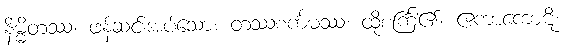
နိမ္မိတဿ၊ ဖန်ဆင်းအပ်သော။ တဿစင်္ကမဿ၊ ထိုစင်္ကြံ၏။ ဧကာကောဋိ၊